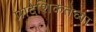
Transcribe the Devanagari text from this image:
प्रादेशिकतेच्या